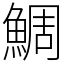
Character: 鯛